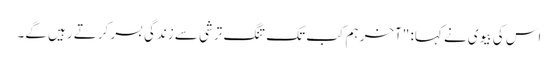
اس کی بیوی نے کہا: "آخر ہم کب تک تنگ ترشی سے زندگی بسر کرتے رہیں گے۔